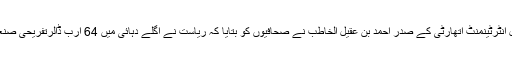
ریاض میں پریس کانفرنس کرتے ہوئے جنرل انٹرٹینمنٹ اتھارٹی کے صدر احمد بن عقیل الخاطب نے صحافیوں کو بتایا کہ ریاست نے اگلے دہائی میں 64 ارب ڈالرتفریحی صنعت میں خرچ کرنے کا منصوبہ کر رکھا ہے۔